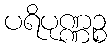
ပရိပုဏ္ဏဉ္စ